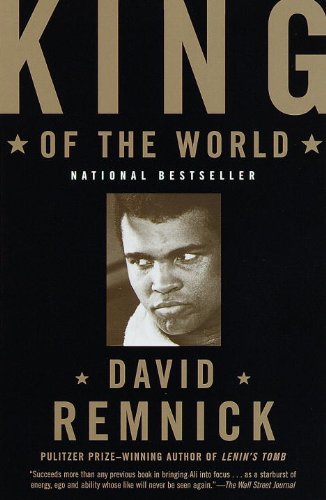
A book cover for King of the World: Muhammad Ali and the Rise of an American Hero; David Remnick; Biographies & Memoirs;